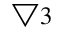
\bigtriangledown 3